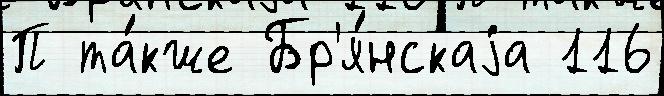
П та́кже Бр'я́нскаjа 116